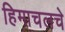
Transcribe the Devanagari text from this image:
हिमाचलचे